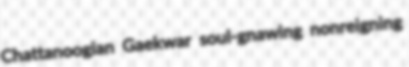
Chattanoogian Gaekwar soul-gnawing nonreigning